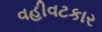
વહીવટકાર